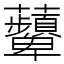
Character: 𧅵